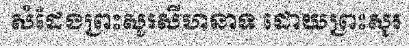
សំដែងព្រះសូរសីហនាទ ដោយព្រះសូរ